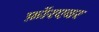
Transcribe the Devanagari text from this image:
फ़ॉरएवर